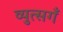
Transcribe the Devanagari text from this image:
व्युत्सगँ